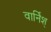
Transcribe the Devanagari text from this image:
वार्निश्